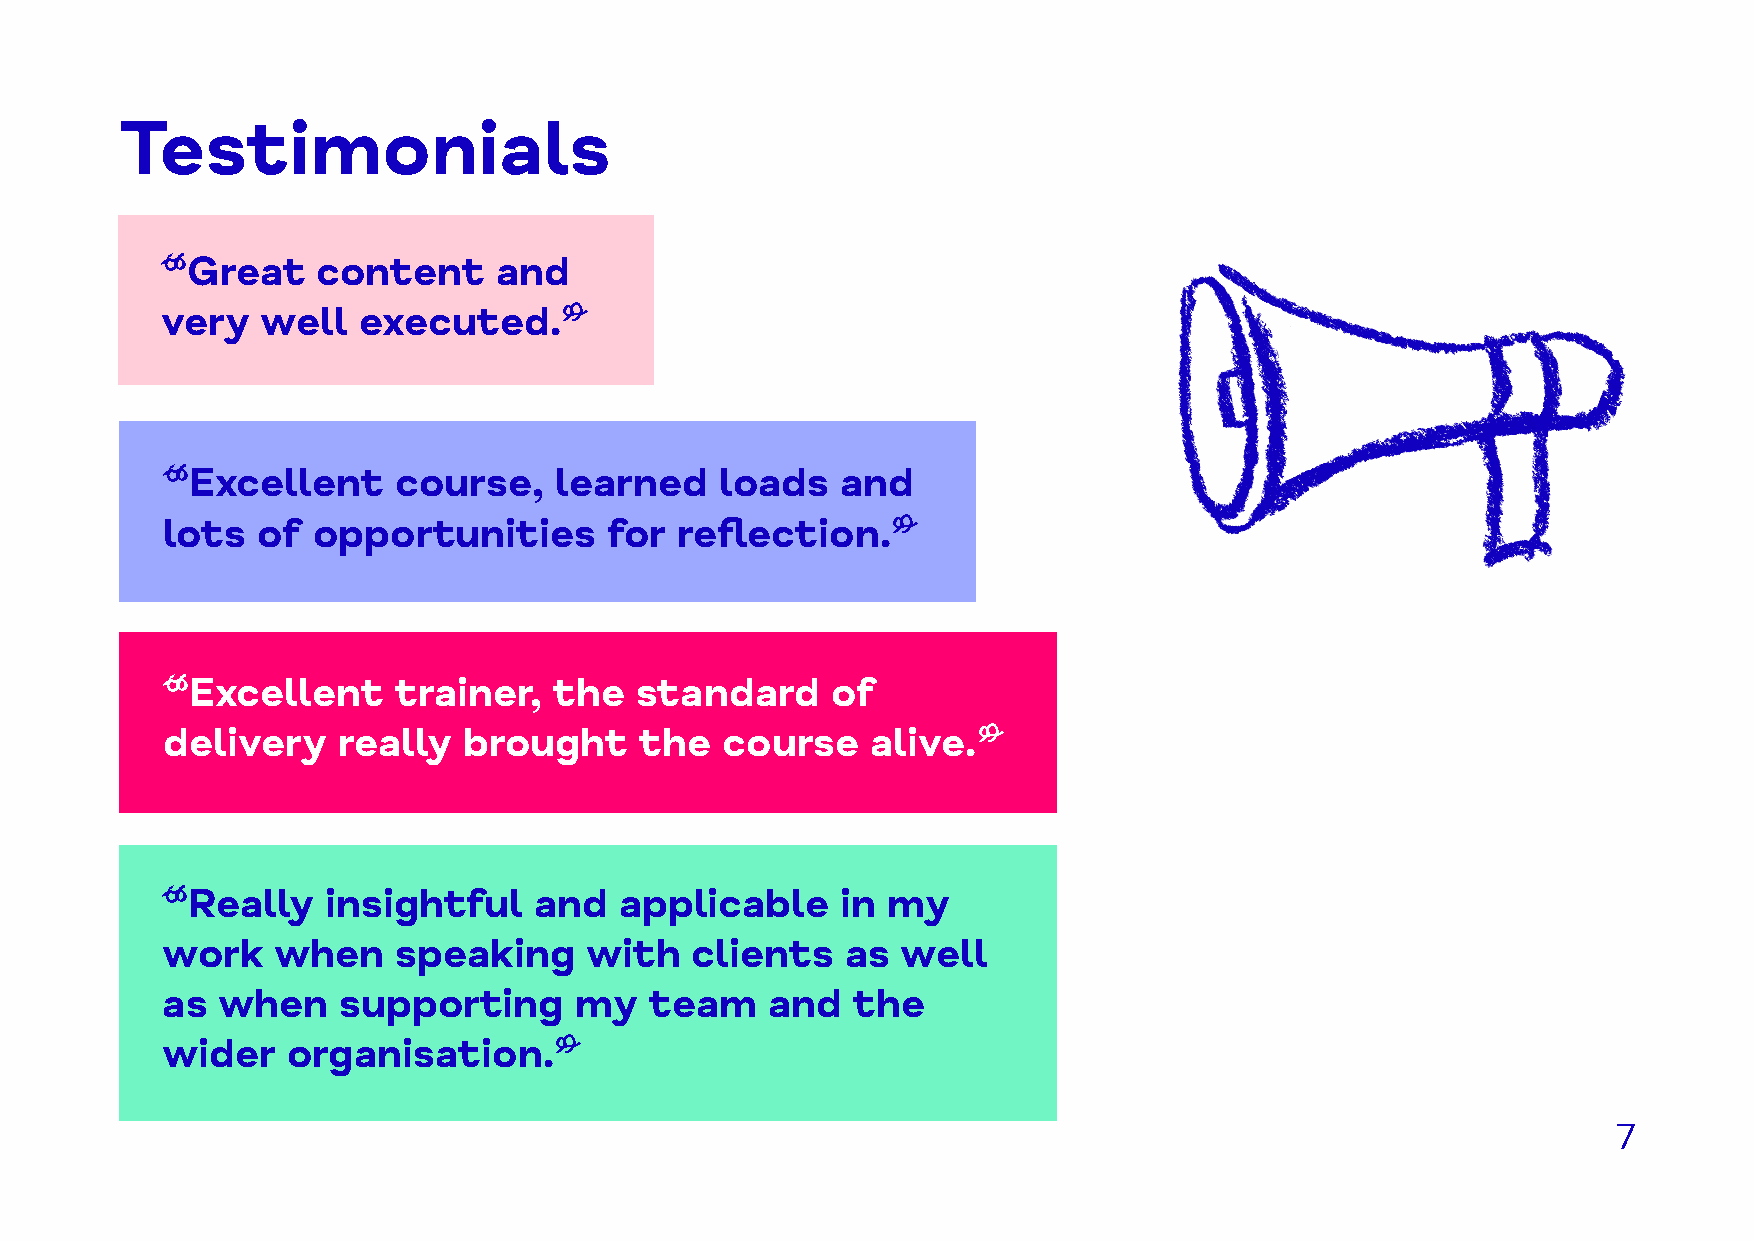
Testimonials
 “Great    content     and
 very  well   executed.”
 “Excellent     course,    learned    loads   and
 lots  of  opportunities      for  reflection.”
 “Excellent     trainer,   the  standard     of
 delivery   really   brought    the   course    alive.”
 “Really    insightful   and   applicable     in my
 work   when    speaking     with   clients   as  well
 as when    supporting      my   team    and  the
 wider   organisation.”
 7